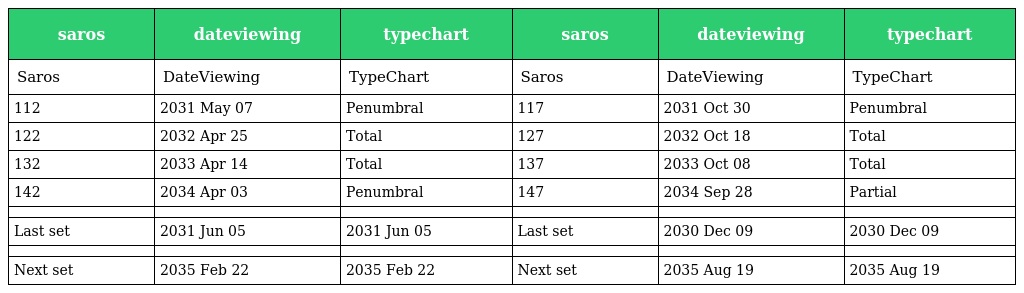
| saros | dateviewing | typechart | saros | dateviewing | typechart |
 | --- | --- | --- | --- | --- | --- |
 | Saros | DateViewing | TypeChart | Saros | DateViewing | TypeChart |
 | 112 | 2031 May 07 | Penumbral | 117 | 2031 Oct 30 | Penumbral |
 | 122 | 2032 Apr 25 | Total | 127 | 2032 Oct 18 | Total |
 | 132 | 2033 Apr 14 | Total | 137 | 2033 Oct 08 | Total |
 | 142 | 2034 Apr 03 | Penumbral | 147 | 2034 Sep 28 | Partial |
 |  |  |  |  |  |  |
 | Last set | 2031 Jun 05 | 2031 Jun 05 | Last set | 2030 Dec 09 | 2030 Dec 09 |
 |  |  |  |  |  |  |
 | Next set | 2035 Feb 22 | 2035 Feb 22 | Next set | 2035 Aug 19 | 2035 Aug 19 |